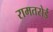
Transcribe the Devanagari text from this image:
रामतरोई